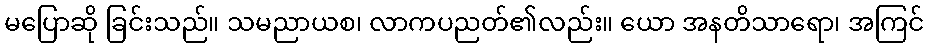
မပြောဆို ခြင်းသည်။ သမညာယစ၊ လာကပညတ်၏လည်း။ ယော အနတိသာရော၊ အကြင်